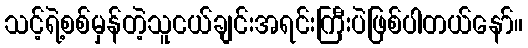
သင့်ရဲ့စစ်မှန်တဲ့သူငယ်ချင်းအရင်းကြီးပဲဖြစ်ပါတယ်နော်။